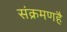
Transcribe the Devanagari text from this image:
संक्रमणहै